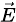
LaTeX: \scriptstyle{\vec{E}}